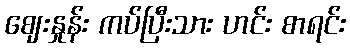
ဈေးနှုန်း ကပ်ပြီးသား ဟင်း စာရင်း